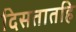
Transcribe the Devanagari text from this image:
दिसतातहि